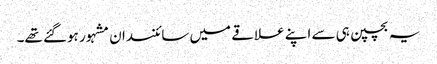
یہ بچپن ہی سے اپنے علاقے میں سائنسدان مشہور ہوگئے تھے۔